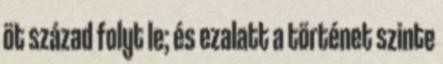
öt század folyt le; és ezalatt a történet szinte